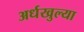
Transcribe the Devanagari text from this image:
अर्धखुल्या